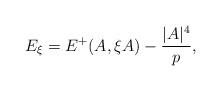
LaTeX: \begin{align*}E_\xi = E^+(A,\xi A) -\frac{|A|^4}p,\end{align*}